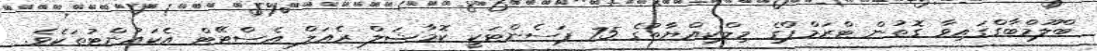
ބްލޫމްބާގްގައިވާ ގޮތުން ޓްރަމްޕްގެ މިލްކިއްޔާތުގެ 75 ޕަސެންޓަކީ ކޮމާޝަލް ރެއަލް އެސްޓޭޓް އެކައުންޓުތަކެވެ.